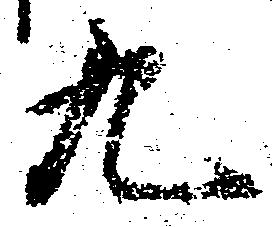
九